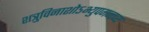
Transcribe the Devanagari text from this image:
शत्रुविनाशोऽभ्युपगन्तव्य